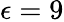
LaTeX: \epsilon=9